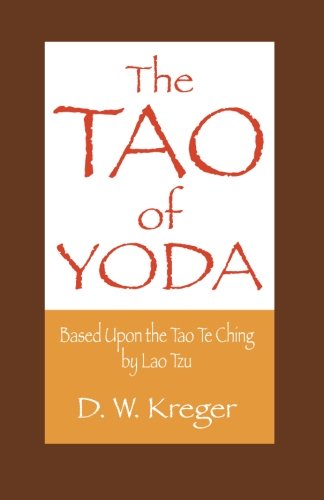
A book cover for The Tao of Yoda: Based Upon the Tao Te Ching by Lao Tzu; D. W. Kreger; Religion & Spirituality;